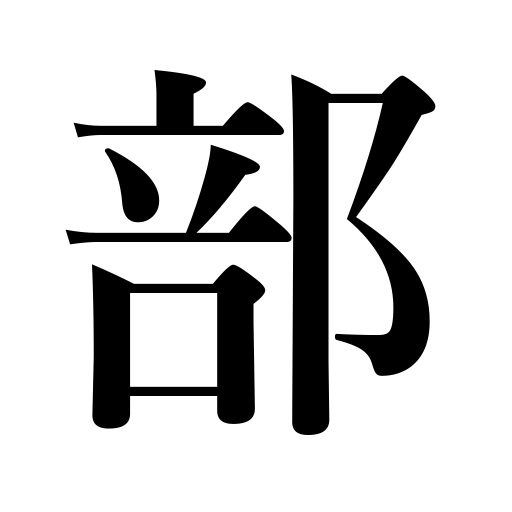
Meanings: division,volume,class,bureau,department,region,part,copy,section,faculty,portion,set,category